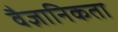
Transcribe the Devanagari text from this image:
वैज्ञानिकता